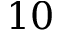
1 0